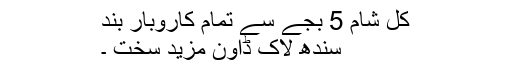
کل شام 5 بجے سے تمام کاروبار بند
سندھ لاک ڈاون مزید سخت ۔